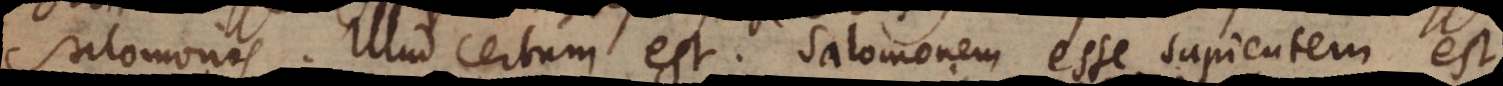
Salomonis. Illud certum est. Salomonem esse sapientem est